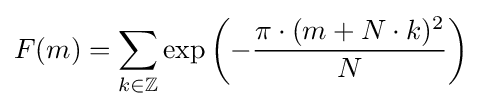
F(m)=\sum _{k\in \mathbb {Z} }\exp \left(-{\frac {\pi \cdot (m+N\cdot k)^{2}}{N}}\right)